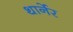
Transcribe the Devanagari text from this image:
थार्नेर